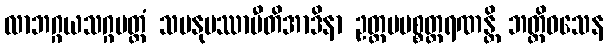
လာဘဂ္ဂယသဂ္ဂပတ္တံ သမနုပဿာမီတိအာဒိနာ ဥတ္တမပစ္စတ္ထရဏန္တိ ဘတ္တိဝသေန